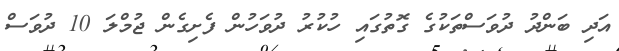
އަދި ބަންދު ދުވަސްތަކުގެ ގޮތުގައި ހުކުރު ދުވަހުން ފެށިގެން ޖުމްލަ 10 ދުވަސް